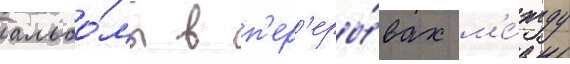
альбо́мы в п'ер'еры́вах м'е́жду